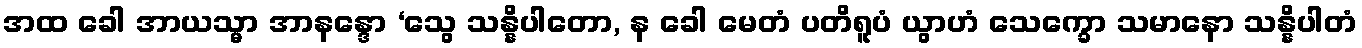
အထ ခေါ အာယသ္မာ အာနန္ဒော ‘သွေ သန္နိပါတော, န ခေါ မေတံ ပတိရူပံ ယွာဟံ သေက္ခော သမာနော သန္နိပါတံ